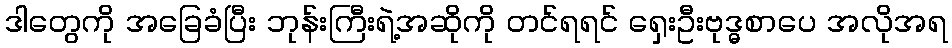
ဒါတွေကို အခြေခံပြီး ဘုန်းကြီးရဲ့အဆိုကို တင်ရရင် ရှေးဦးဗုဒ္ဓစာပေ အလိုအရ